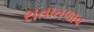
રાતાતળાવ